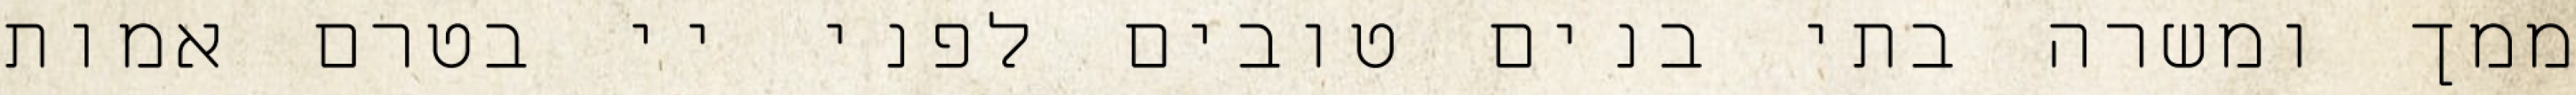
ממך ומשרה בתי בנים טובים לפני יי בטרם אמות